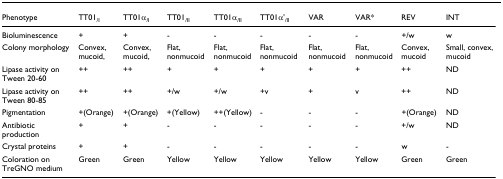
| Phenotype | TT01/I | TT01α/I | TT01/II | TT01α/II | TT01α'/II | VAR | VAR* | REV | INT |
 | --- | --- | --- | --- | --- | --- | --- | --- | --- | --- |
 | Bioluminescence | + | + | - | - | - | - | - | +/w | w |
 | Colony morphology | Convex, mucoid, | Convex, mucoid, | Flat, nonmucoid | Flat, nonmucoid | Flat, nonmucoid | Flat, nonmucoid | Flat, nonmucoid | Convex, mucoid | Small, convex, mucoid |
 | Lipase activity on Tween 20-60 | ++ | ++ | + | + | + | + | + | ++ | ND |
 | Lipase activity on Tween 80-85 | ++ | ++ | +/w | +/w | +v | + | v | ++ | ND |
 | Pigmentation | +(Orange) | +(Orange) | +(Yellow) | ++(Yellow) | - | - | - | +(Orange) | ND |
 | Antibiotic production | + | + | - | - | - | - | - | +/w | ND |
 | Crystal proteins | + | + | - | - | - | - | - | w | - |
 | Coloration on TreGNO medium | Green | Green | Yellow | Yellow | Yellow | Yellow | Yellow | Green | Green |